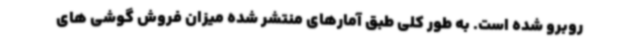
روبرو شده است. به طور کلی طبق آمارهای منتشر شده میزان فروش گوشی های